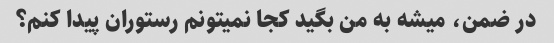
در ضمن، میشه به من بگید کجا نمیتونم رستوران پیدا کنم؟